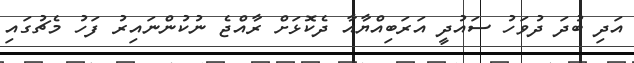
އަދި ބުދަ ދުވަހު ސައުދީ އަރަބިއްޔާއާ ދެކޮޅަށް ރާއްޖެ ނުކުންނައިރު ފަހު މެޗުގައި